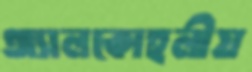
অ্যালকোহলীয়